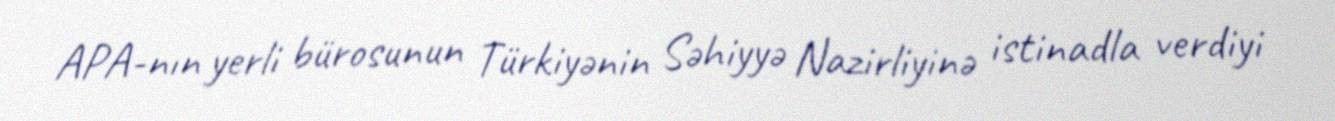
APA-nın yerli bürosunun Türkiyənin Səhiyyə Nazirliyinə istinadla verdiyi